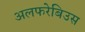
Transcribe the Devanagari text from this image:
अलफरेबिउस